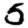
Digit: 5